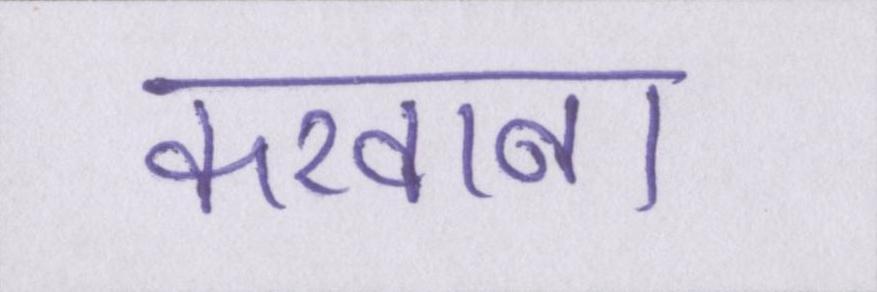
करवाना